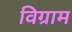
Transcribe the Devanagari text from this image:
विग्राम